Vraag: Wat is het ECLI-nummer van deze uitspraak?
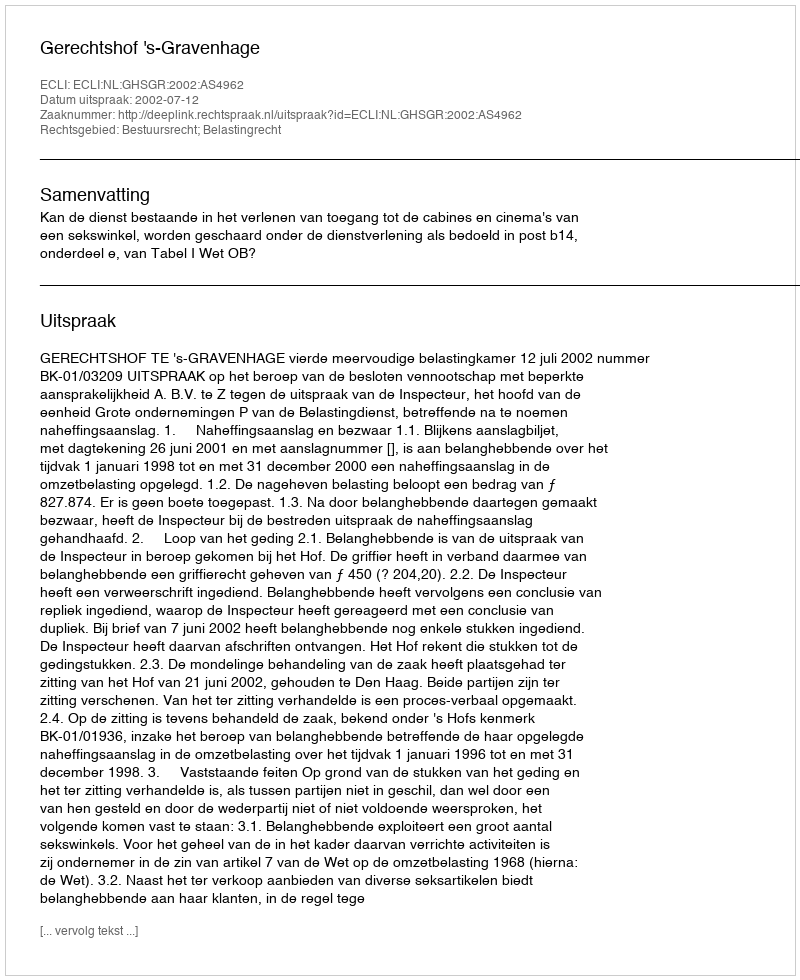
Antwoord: ECLI:NL:GHSGR:2002:AS4962